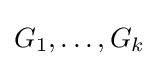
G_{1},\ldots ,G_{k}